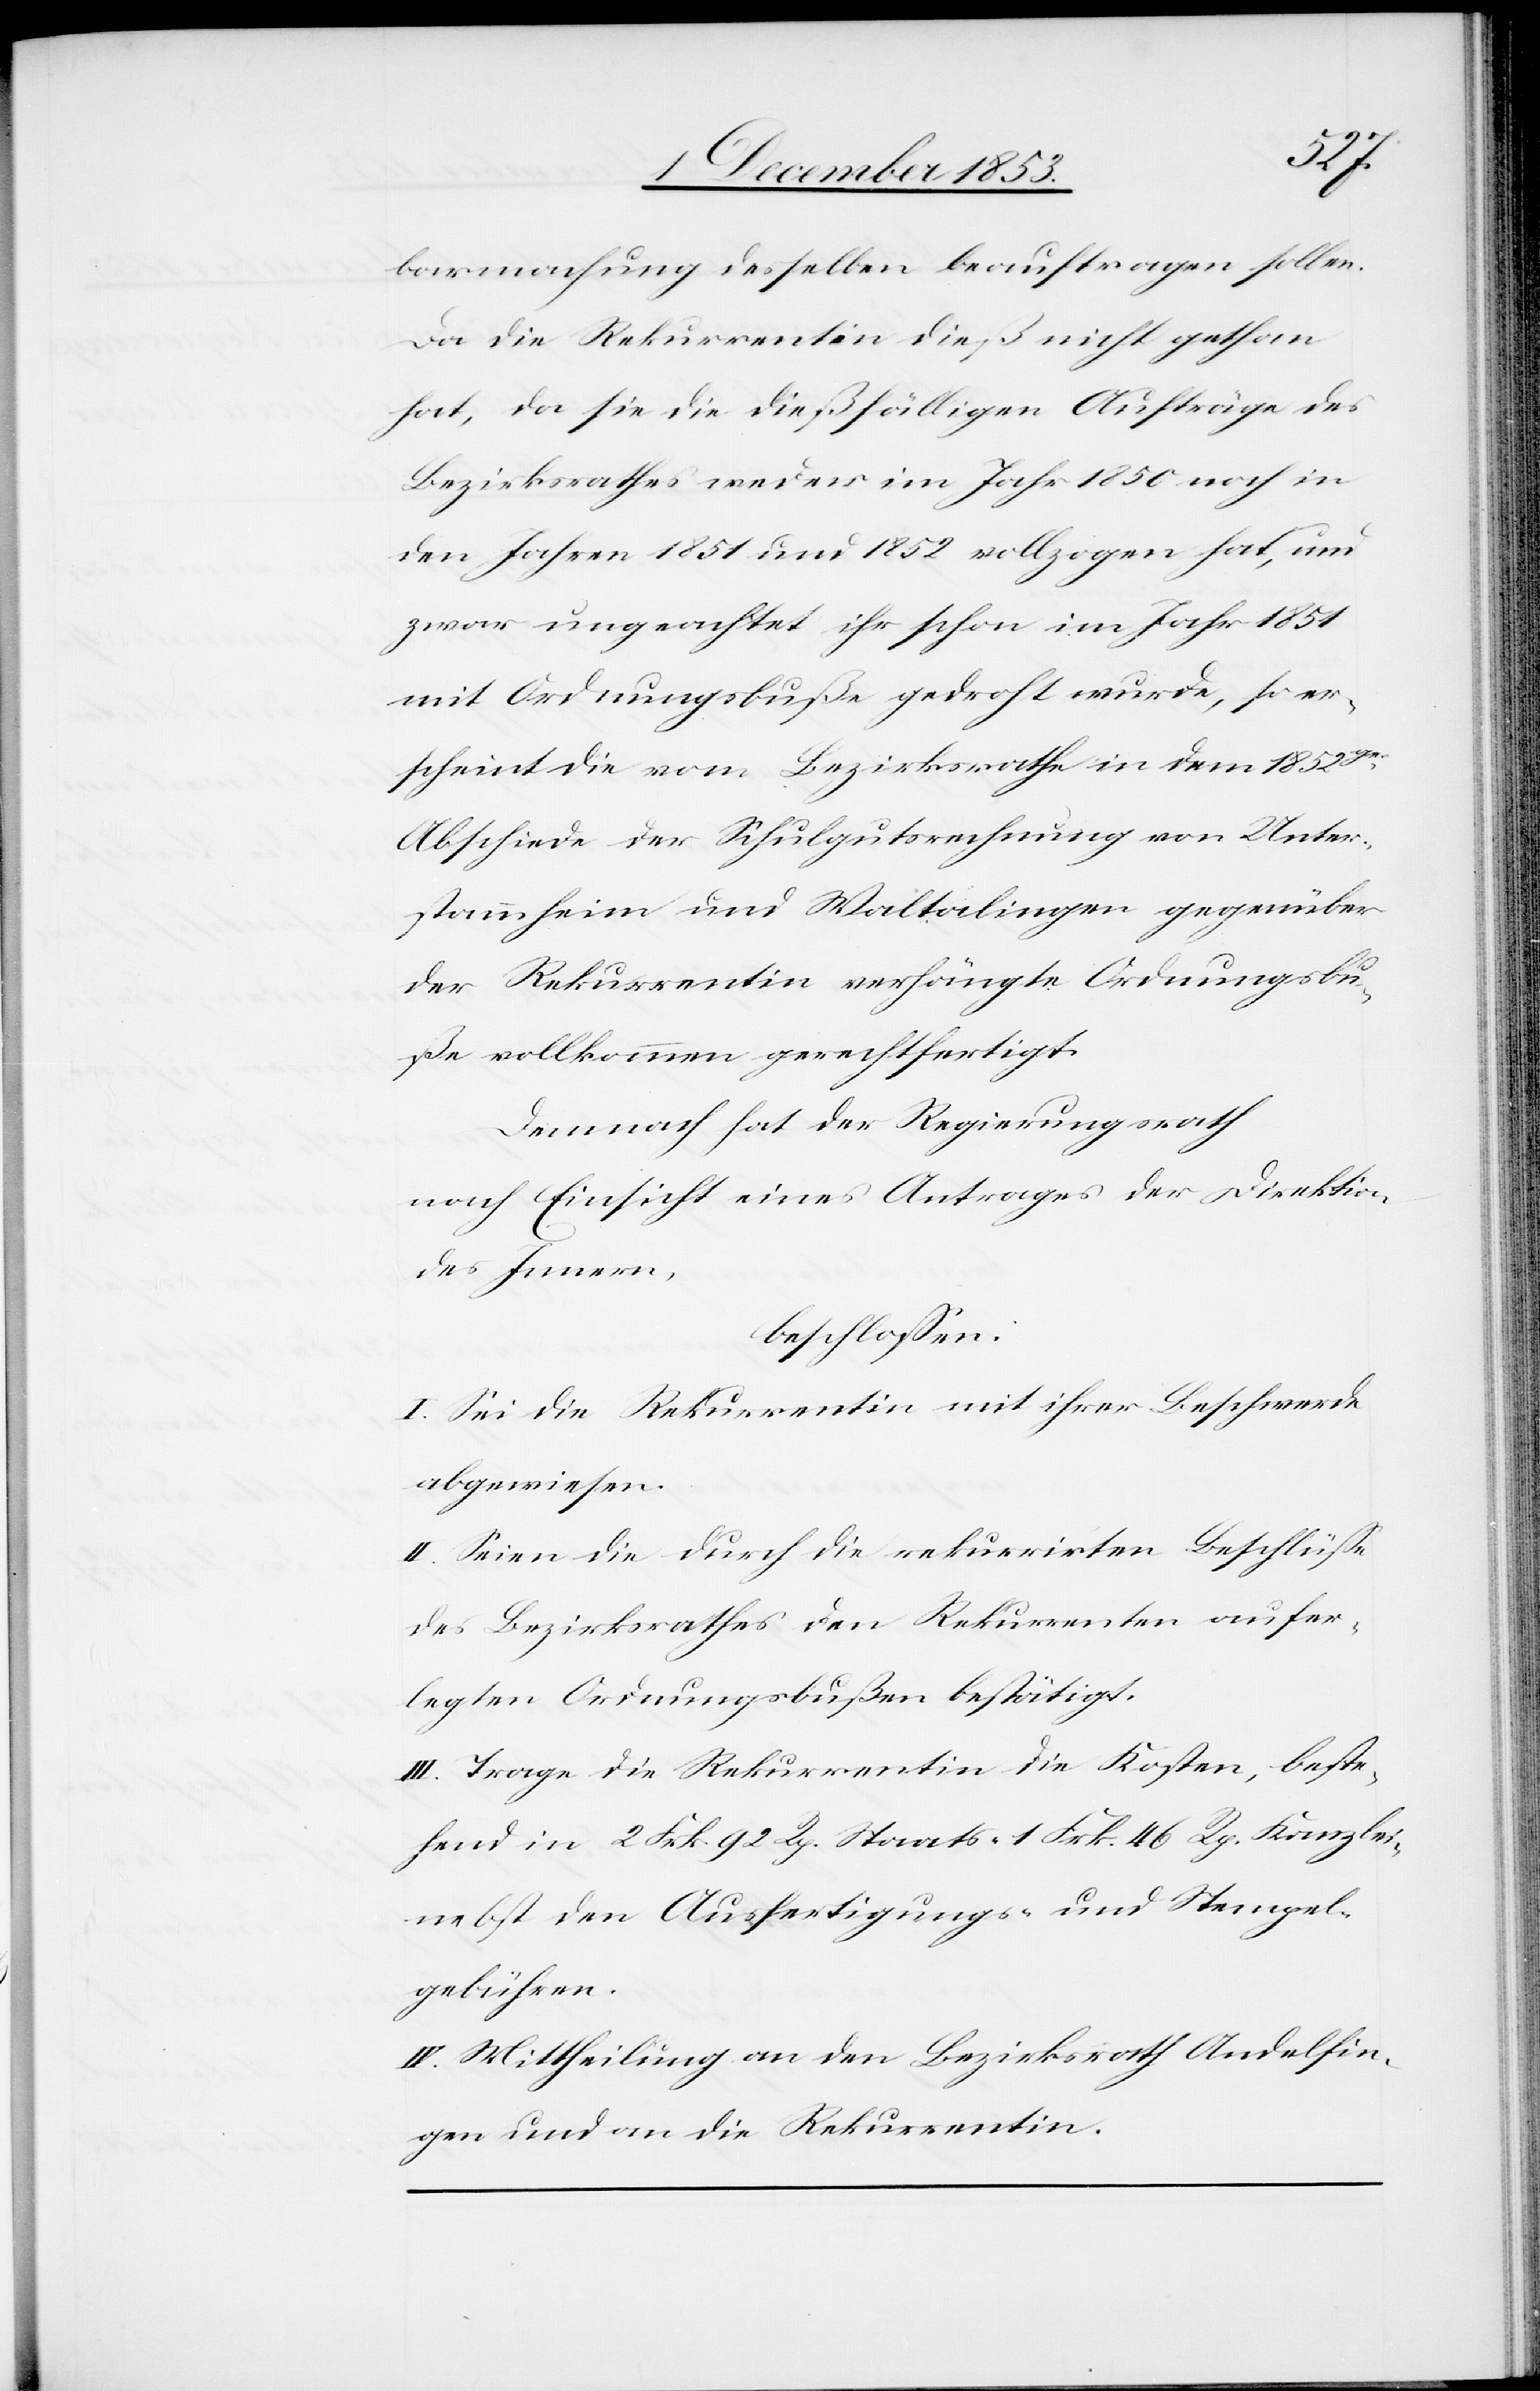
barmachung desselben beauftragen sollen.
Da die Rekurrentin dieß nicht gethan
hat, da sie die dießfälligen Aufträge des
Bezirksrathes weder im Jahr 1850 noch in
den Jahren 1851 und 1852 vollzogen hat, und
zwar ungeachtet ihr schon im Jahr 1851
mit Ordnungsbuße gedroht wurde, so er¬
scheint die vom Bezirksrathe in dem 1852ger
Abschiede der Schulgutsrechnung von Unter¬
stammheim und Waltalingen gegenüber
der Rekurrentin verhängte Ordnungsbu¬
ße vollkommen gerechtfertigt.
Demnach hat der Regierungsrath
nach Einsicht eines Antrages der Direktion
des Innern,
beschloßen:
I. Sei die Rekurrentin mit ihrer Beschwerde
abgewiesen.
II. Seien die durch die rekurrirten Beschlüße
des Bezirksrathes den Rekurrenten aufer¬
legten Ordnungsbußen bestätigt.
III. Trage die Rekurrentin die Kosten, beste¬
hend in 2 Frk. 92 Rp. Staats- 1 Frk. 46 Rp. Kanzlei-
nebst den Ausfertigungs- u. Stempel¬
gebühren.
IV. Mittheilung an den Bezirksrath Andelfin¬
gen und an die Rekurrentin.